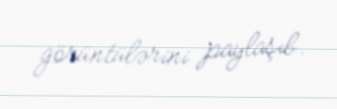
görüntülərini paylaşıb.